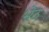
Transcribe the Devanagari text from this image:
भेठ